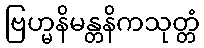
ဗြဟ္မနိမန္တနိကသုတ္တံ